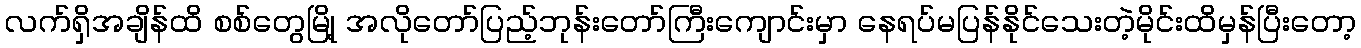
လက်ရှိအချိန်ထိ စစ်တွေမြို့ အလိုတော်ပြည့်ဘုန်းတော်ကြီးကျောင်းမှာ နေရပ်မပြန်နိုင်သေးတဲ့မိုင်းထိမှန်ပြီးတော့